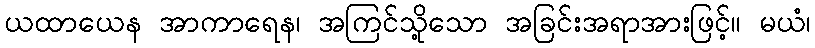
ယထာယေန အာကာရေန၊ အကြင်သို့သော အခြင်းအရာအားဖြင့်။ မယံ၊